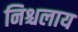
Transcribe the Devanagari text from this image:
निश्चलाय